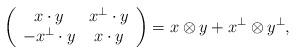
LaTeX: \begin{align*}\left(\begin{array}{cc}x\cdot y & x^\perp\cdot y \\-x^\perp\cdot y & x\cdot y\end{array}\right)=x\otimes y+x^\perp\otimes y^\perp,\end{align*}